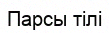
Парсы тілі